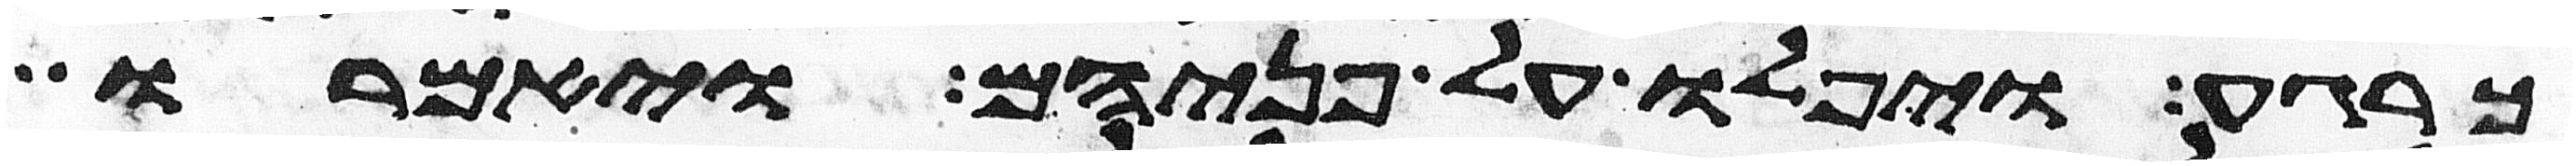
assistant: כרגע ויפלו על פניהם ויאמרו